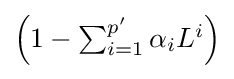
\textstyle \left(1-\sum _{i=1}^{p'}\alpha _{i}L^{i}\right)